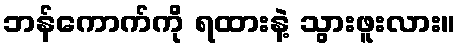
ဘန်ကောက်ကို ရထားနဲ့ သွားဖူးလား။